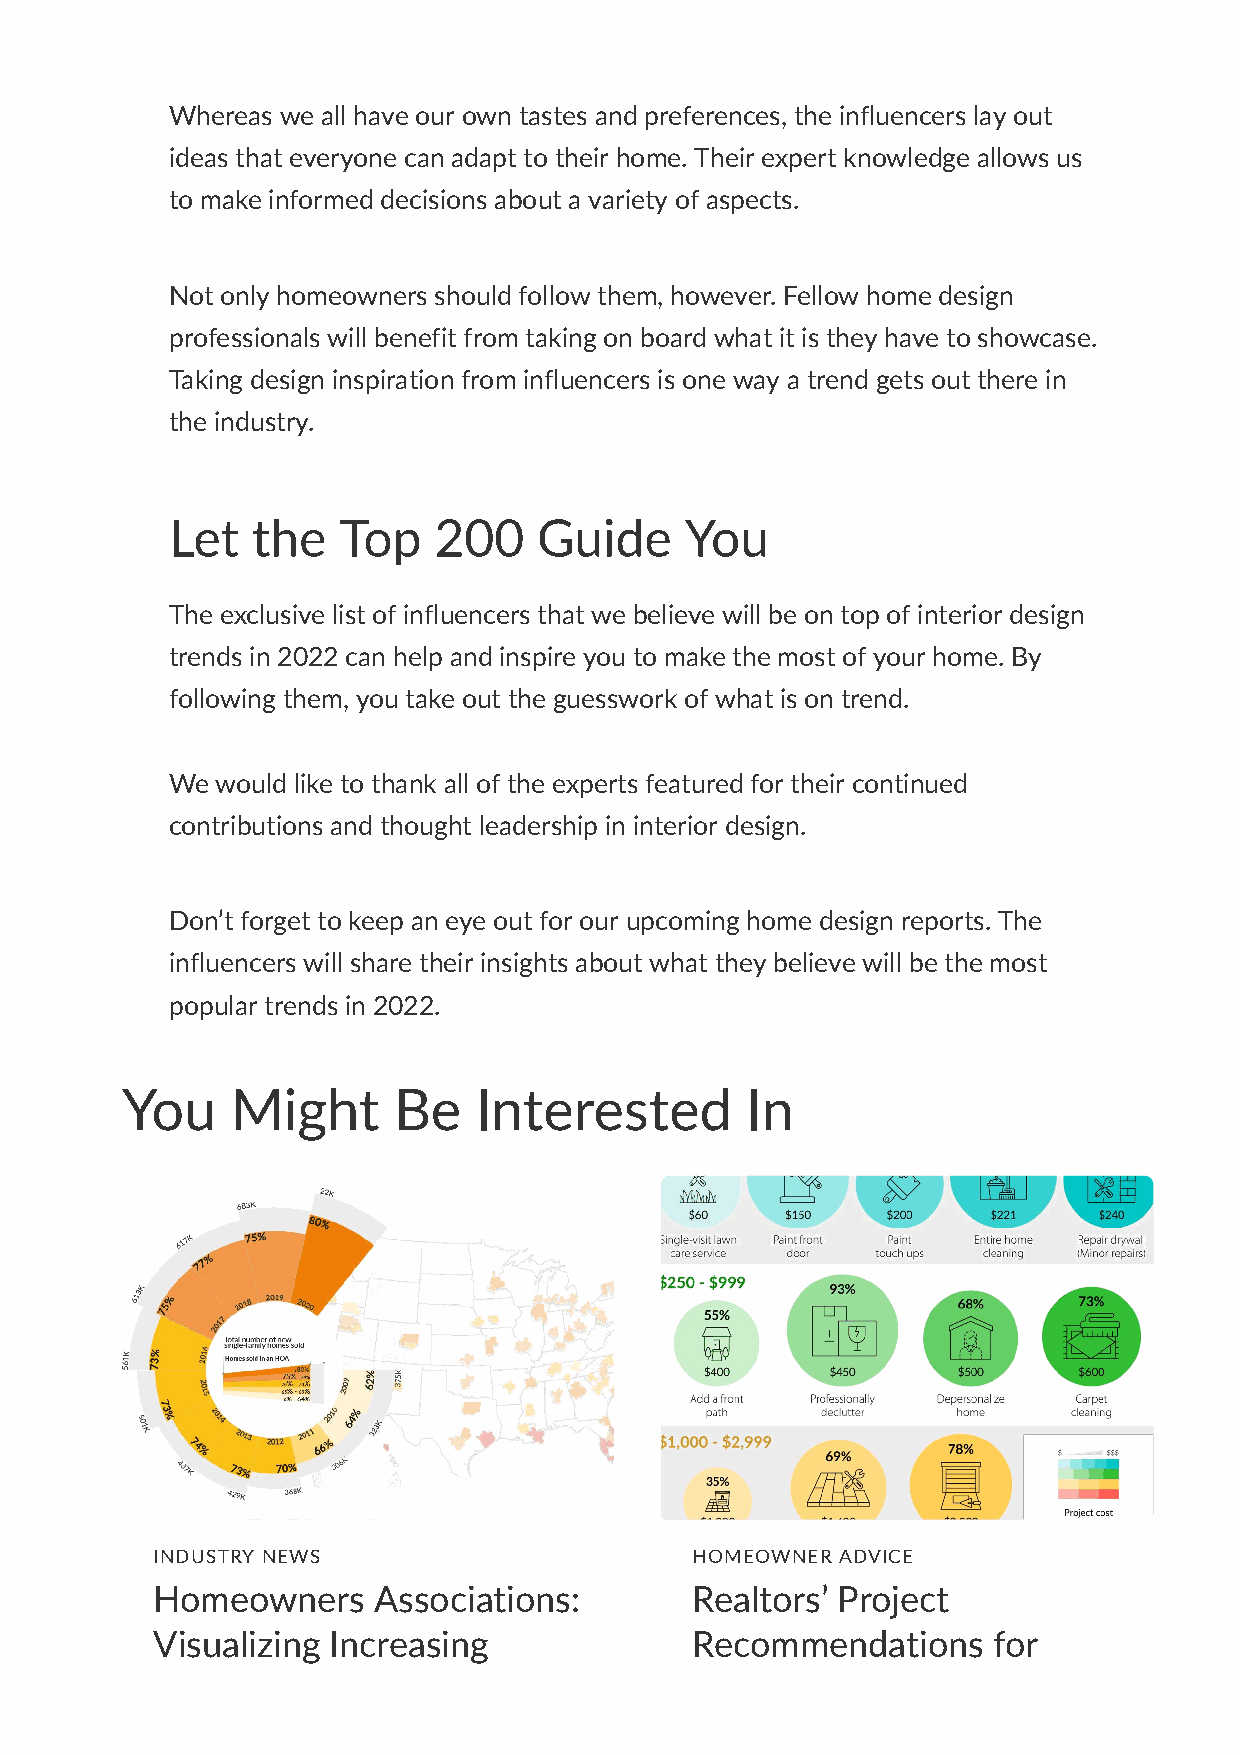
Whereas we all have our own tastes and preferences, the influencers lay out
 ideas that everyone can adapt to their home. Their expert knowledge allows us
 to make informed decisions about a variety of aspects.
 Not only homeowners should follow them, however. Fellow home design
 professionals will benefit from taking on board what it is they have to showcase.
 Taking design inspiration from influencers is one way a trend gets out there in
 the industry.
 Let   the  Top    200    Guide    You
 The exclusive list of influencers that we believe will be on top of interior design
 trends in 2022 can help and inspire you to make the most of your home. By
 following them, you take out the guesswork of what is on trend.
 We would like to thank all of the experts featured for their continued
 contributions and thought leadership in interior design.
 Don’t forget to keep an eye out for our upcoming home design reports. The
 influencers will share their insights about what they believe will be the most
 popular trends in 2022.
 You    Might      Be   Interested        In
 INDUSTRY NEWS                       HOMEOWNER ADVICE
 Homeowners     Associations:        Realtors’ Project
 Visualizing Increasing              Recommendations     for